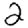
Digit: 2